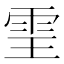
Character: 𩂊